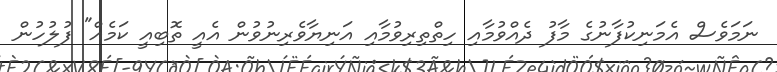
ނަމަވެސް އެމަނިކުފާނުގެ މާފު ދެއްވުމާއި ހިތްތިރިވުމާއި އަނިޔާވެރިނުވުން އެއީ ތޮބިއީ ކަމެއް" ފުލުހުން